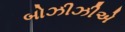
બોઝીઝીએ